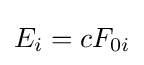
E_{i}=cF_{0i}